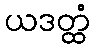
ယဒတ္ထံ